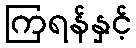
ကြရန်နှင့်